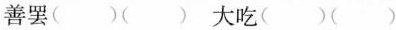
善罢( )( ) 大吃( )( )